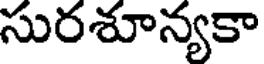
సురశూన్యకా